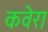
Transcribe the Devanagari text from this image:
कवेरा